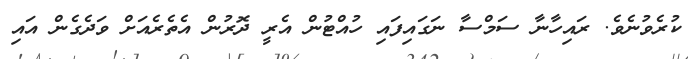
ކުރެވުނެވެ. ރައިހާނާ ސަމްސާ ނަގައިފައި ހުއްޓުން އެރީ ދޮރުން އެތެރެއަށް ވަދެގެން އައި